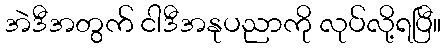
အဲဒီအတွက် ငါဒီအနုပညာကို လုပ်လို့ရပြီ။